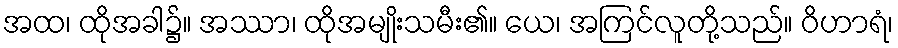
အထ၊ ထိုအခါ၌။ အဿာ၊ ထိုအမျိုးသမီး၏။ ယေ၊ အကြင်လူတို့သည်။ ဝိဟာရံ၊